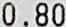
0.80